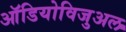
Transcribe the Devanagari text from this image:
ऑडियोविजुअल